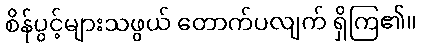
စိန်ပွင့်များသဖွယ် တောက်ပလျက် ရှိကြ၏။